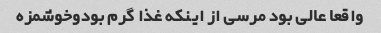
واقعا عالی بود مرسی از اینکه غذا گرم بودوخوشمزه